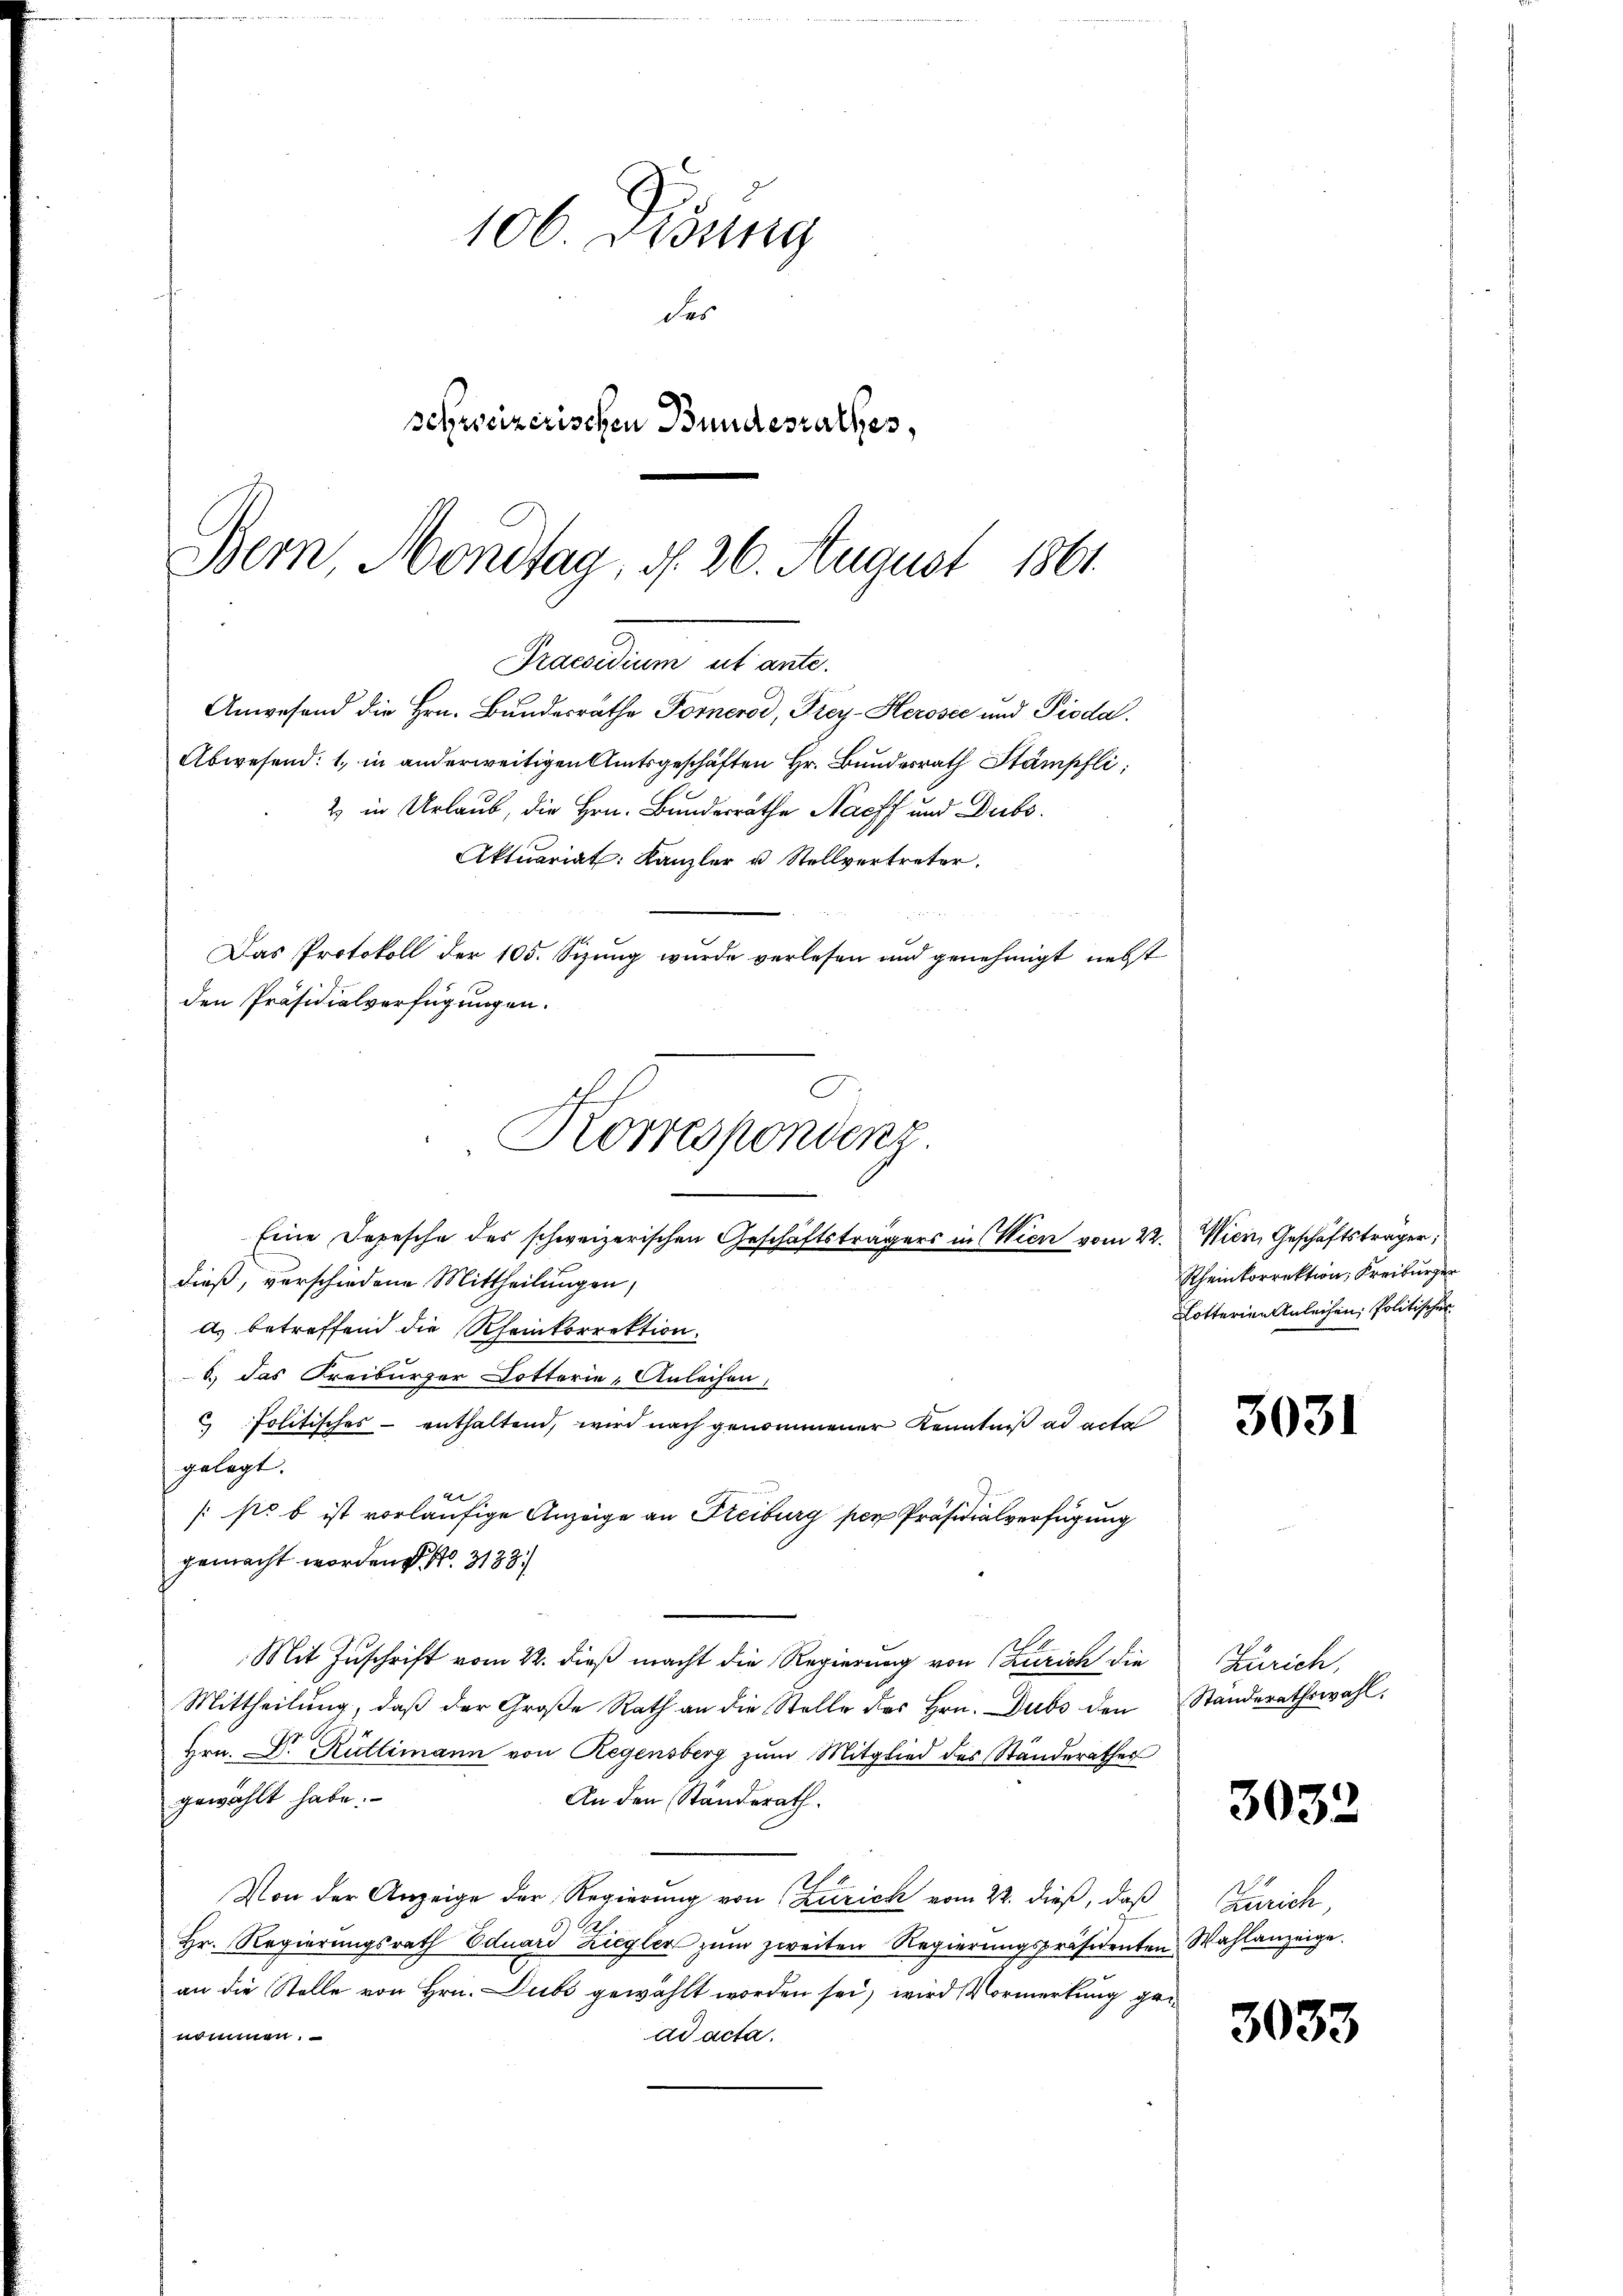
106. Disung
des
schweizerischen Bundesrathes,
Bern, Montag, d. 26. August 1861

Praesidium eit ante.
Anwesend die Hrn. Bundesräthe Fornerod, Frey-Herosec und Pioda.
Abwesend: 1., in anderweitigen Amtsgeschäften Hr. Bundesrath Stämpfli
2 in Urlaub, die Hrn. Bundesrathe Nachs und Dubs

dieß, verschiedene Mittheilungen,
A.) betreffend die Rheinkorrektion.
6.) Das Freiburger Dotterie - Anleihen,
 Politisches - enthaltend, wird nach genommener Kenntniß ad acta
gelegt.
1 xx
/pr b ist vorläufige Anzeige an Freiburg per Präsidialverfügung
gemacht worden No. 3133
Mit Zuschrift vom 22. dieß macht die Regierung von Zürich die
Mittheilŭng, daβ der Große Rath an die Stelle des Hrn. Dubs den Ständerathswahl.
Hrn. Dr. Rüttimann von Regensberg zum Mitglied des Standerathes
gewählt habe.
An den Ständerath.
Von der Anzeige der Regierung von Zürich vom 22. dieß, daß
9) E
Hr. Regierŭngsrath Eduard Ziegler zŭm zweiten Regierŭngspräsidenten Wahlanzeige
an die Stelle von Hrn. Dubs gewählt worden sei, wird Vormerkung genommen.
ad acta.

Aktuariat. Kanzler u Stellvertreter.
Das Protokoll der 105. Sizung wurde verlesen und genehmigt nebst
den Präsidialverfügungen.
Korrespondenz
Eine Depesche des schweizerischen Geschäftsträgers in Wien vom 22.

Wien, Geschäftsträger,
Rheinkorrektion, Freiburger
Lotterien Anleihen, Politischer

3031

Zürich,

3032

Zürich,

3033